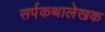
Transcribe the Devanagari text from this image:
सर्पकथालेखक